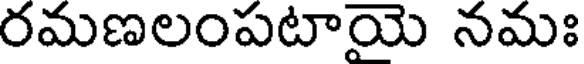
రమణలంపటాయె నమః